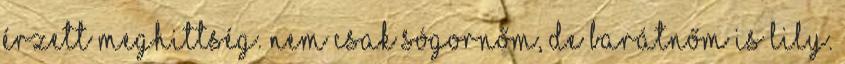
érzett meghittség. Nem csak sógornőm, de barátnőm is Lily.